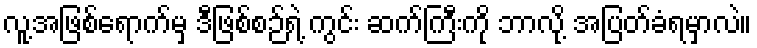
လူ့အဖြစ်ရောက်မှ ဒီဖြစ်စဉ်ရဲ့ ကွင်း ဆက်ကြီးကို ဘာလို့ အပြတ်ခံရမှာလဲ။